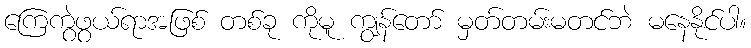
ကြေကွဲဖွယ်ရာအဖြစ် တစ်ခု ကိုမူ ကျွန်တော် မှတ်တမ်းမတင်ဘဲ မနေနိုင်ပါ။